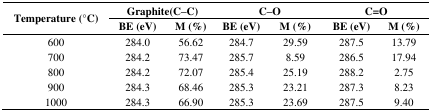
<table><thead><tr><td rowspan="3"><b>Temperature (°C)</b></td><td colspan="2"><b>Graphite(C–C)</b></td><td colspan="2"><b>C–O</b></td><td colspan="2"><b>C=O</b></td></tr><tr><td><b>BE (eV)</b></td><td><b>M (%)</b></td><td><b>BE (eV)</b></td><td><b>M (%)</b></td><td><b>BE (eV)</b></td><td><b>M (%)</b></td></tr></thead><tbody><tr><td>600</td><td>284.0</td><td>56.62</td><td>284.7</td><td>29.59</td><td>287.5</td><td>13.79</td></tr><tr><td>700</td><td>284.2</td><td>73.47</td><td>285.7</td><td>8.59</td><td>286.5</td><td>17.94</td></tr><tr><td>800</td><td>284.2</td><td>72.07</td><td>285.4</td><td>25.19</td><td>288.2</td><td>2.75</td></tr><tr><td>900</td><td>284.3</td><td>68.46</td><td>285.3</td><td>23.21</td><td>287.3</td><td>8.23</td></tr><tr><td>1000</td><td>284.3</td><td>66.90</td><td>285.3</td><td>23.69</td><td>287.5</td><td>9.40</td></tr></tbody></table>